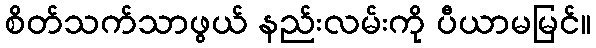
စိတ်သက်သာဖွယ် နည်းလမ်းကို ပီယာမမြင်။